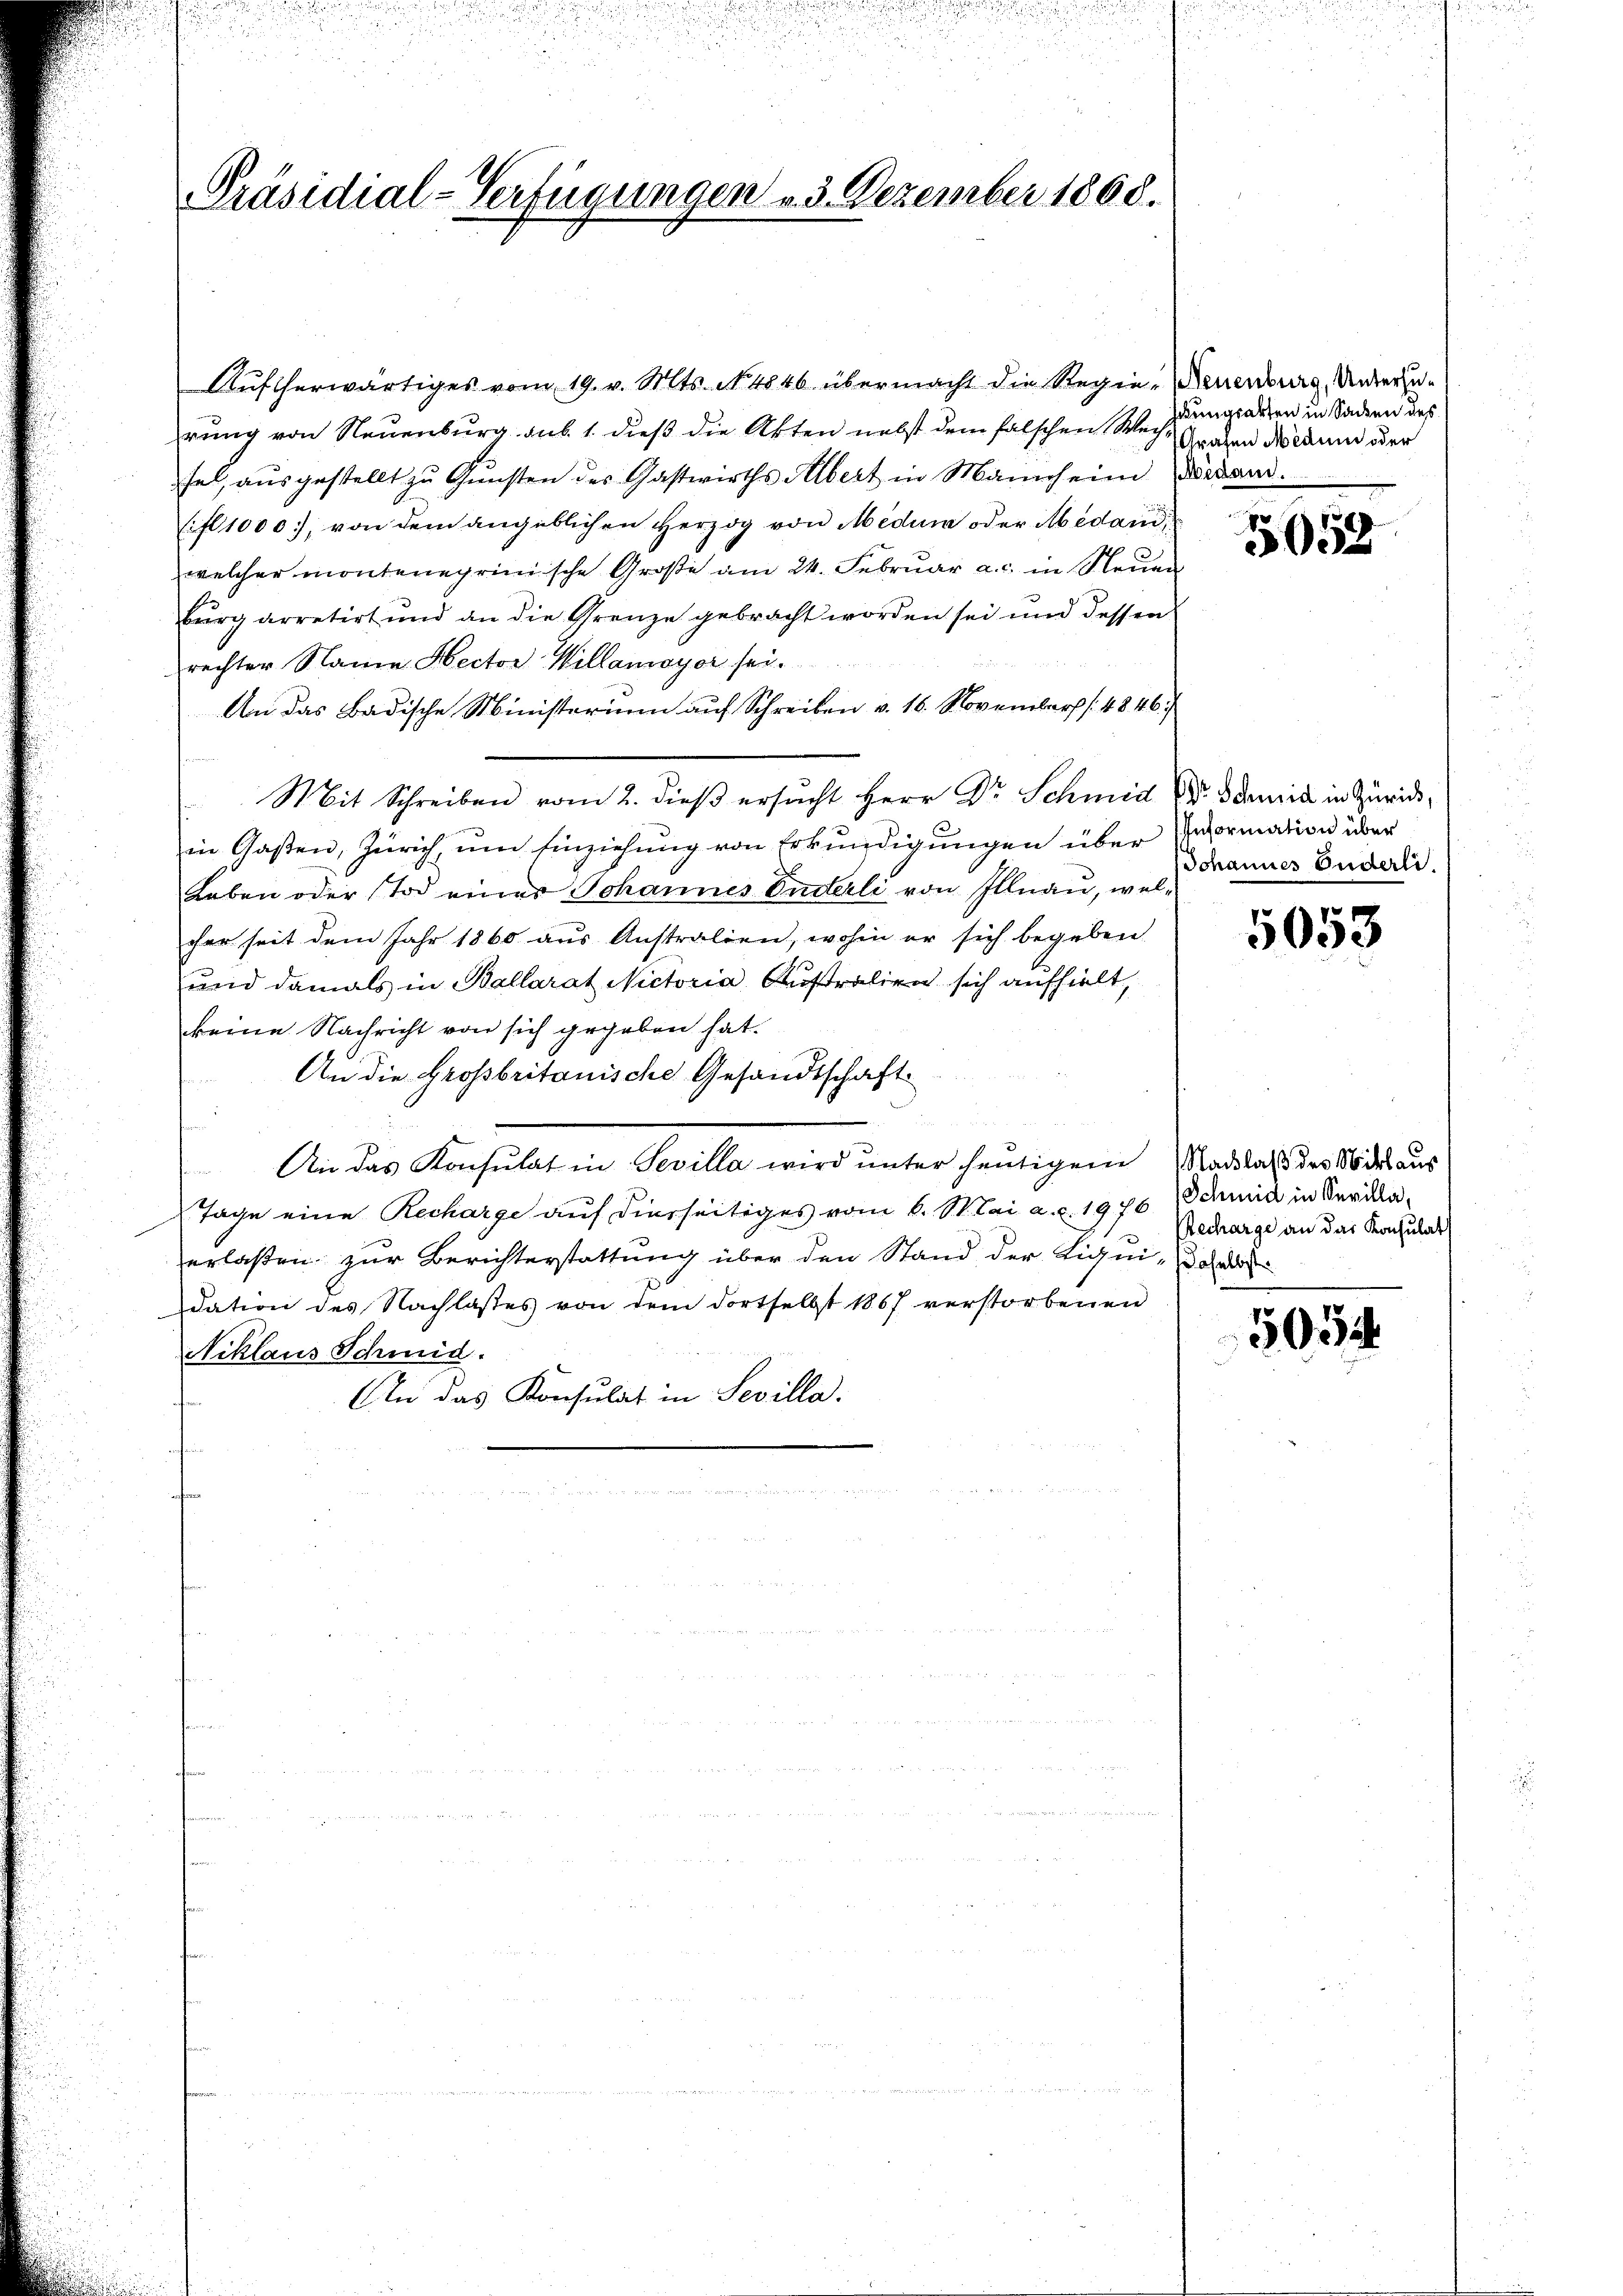
Präsidial-Verfügungen u. 3. Dezember 1860.

Aŭfherwärtiges vom 19. v. Mts. No 4846 übermacht die Regie-Neuenburg, Anderzurung von Neuenburg sub 1. dieß die Akten nebst dem falschen Wechfe, aŭsgestellt zŭ Gŭnsten des Gastwirths Albert in Mannheim Dekann.
Eifl 1000, von dem angeblichen Herzog von Medum oder Medanwelcher monteneprimische Große am 24. Februar a. c. in Neuen
burg arretirt und an die Grenze gebracht worden sei und dessen
rechter Name Hector Willamayer sei.
An das Badische Ministerium auf Schreiben v. 16. November /: 4846/
Mit Schreiben vom 2. dieβ ersucht Herr Dr. Schmid damit in Zürichin Gasten, Zürich, um Einziehung von Erkundigungen über normation über
Leben oder Tod eines Johannes Enderli von Illnau, wel-
cher seit dem Jahr 1860 aŭs Anstralien, wohin er sich begeben
und damals in Ballarat Nictoria Australien sich aufhielt,
keine Nachricht von sich gegeben hat.
An die Großbritanische Gesandtschaft
u
An das Konsulat in Sevilla wird unter heutigem Nachlaß des Nodesaus
Tage eine Recharge auf dierseitiges vom 6. Mai a. c. 1976 Schmid in Serikaerlaßen zur Berichterstattung über den Stand der Liqui-Dohle
dation des Nachlasses von dem dortselbst 1867 verstorbenen
Niklaus Schmid.
An das Konsulat in Sevilla.

bungsarten in Sacken des
Grafen Medum oder

5058

Johannes Fuderli.

5053

Recharge an das Konsulat

503